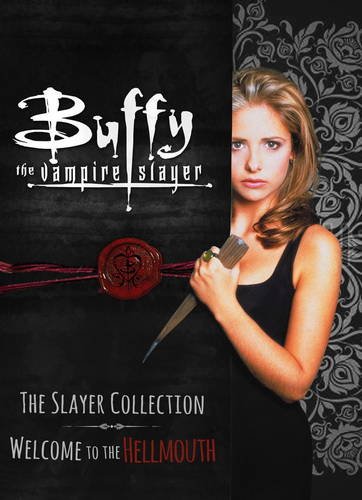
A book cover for Buffy: The Slayer Collection vol. 1 - Welcome To The Hellmouth; Titan Comics; Humor & Entertainment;